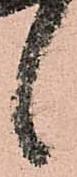
候